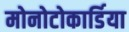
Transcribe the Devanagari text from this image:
मोनोटोकार्डिया